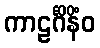
ကာဠင်္ဂိနိံဝ